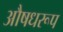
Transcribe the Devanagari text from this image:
औषधरूप